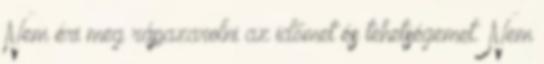
Nem éri meg rápazarolni az időmet és tehetségemet. Nem